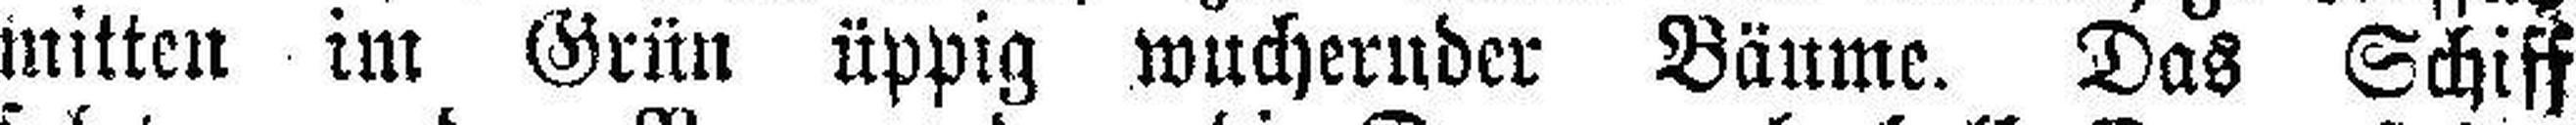
mitten im Grün üppig wuchernder Bäume. Das Schiff